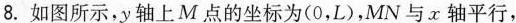
8.如图所示，y轴上M点的坐标为(0，L)，MN与x轴平行，